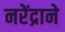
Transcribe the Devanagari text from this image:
नरेंद्राने